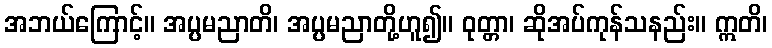
အဘယ်ကြောင့်။ အပ္ပမညာတိ၊ အပ္ပမညာတို့ဟူ၍။ ဝုတ္တာ၊ ဆိုအပ်ကုန်သနည်း။ ဣတိ၊